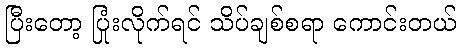
ပြီးတော့ ပြုံးလိုက်ရင် သိပ်ချစ်စရာ ကောင်းတယ်